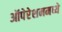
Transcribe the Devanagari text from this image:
ऑपेरेशनमध्ये